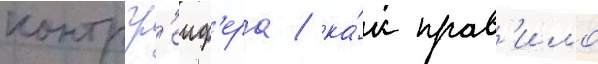
контргр'еиф'ера / ка́к прав'ило